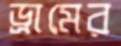
ড্রামের